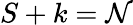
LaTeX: S+k=\mathcal{N}